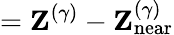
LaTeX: =\mathbf{Z}^{(\gamma)}-\mathbf{Z}_{\mathrm{near}}^{(\gamma)}